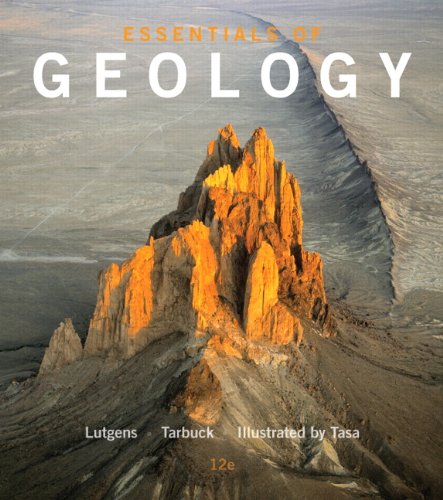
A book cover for Essentials of Geology (12th Edition); Frederick K. Lutgens; Science & Math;